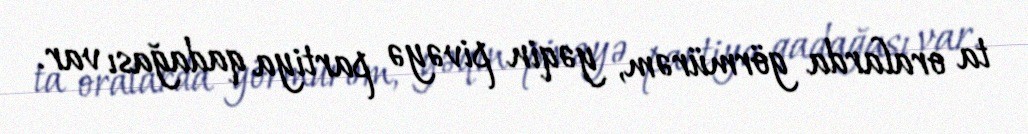
ta oralarda görmürəm, yəqin pivəyə partiya qadağası var.